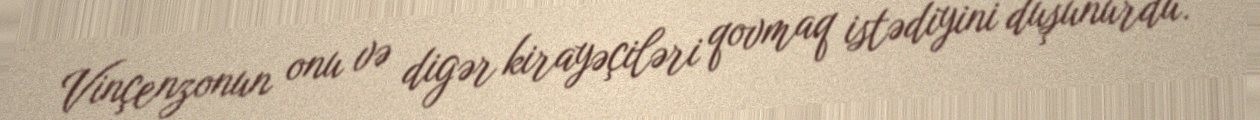
Vinçenzonun onu və digər kirayəçiləri qovmaq istədiyini düşünürdü.